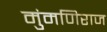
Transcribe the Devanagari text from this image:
मुंमणिराज